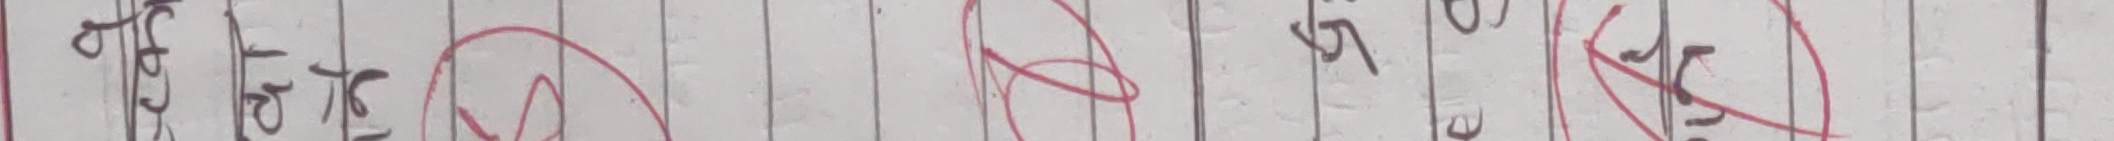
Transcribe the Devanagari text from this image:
३६ । ३१ ३५ ७० ५० ५